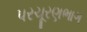
પરચૂરણભાગ